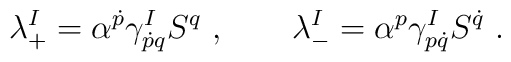
\lambda_{+}^I = \alpha^{\dot p}  \gamma^I_{\dot p q} S^q \ , \qquad\lambda_{-}^I = \alpha^{ p}  \gamma^I_{ p \dot q} S^{\dot q} \ .